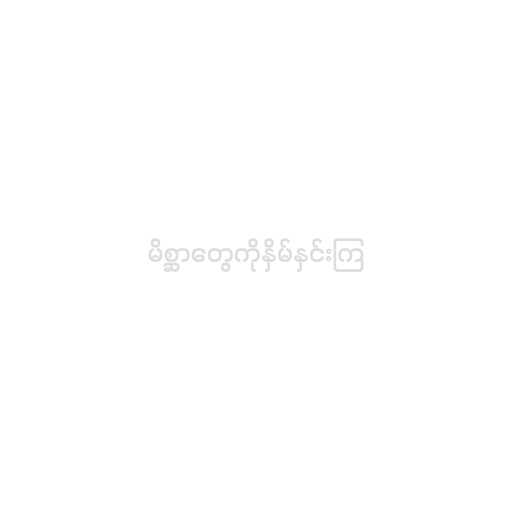
မိစ္ဆာတွေကိုနှိမ်နှင်းကြ